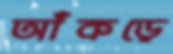
আঁকড়ে